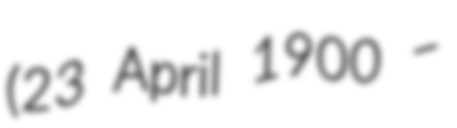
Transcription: (23 April 1900 –